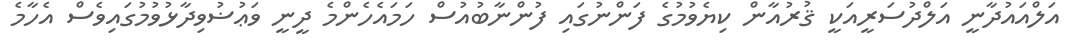
އަލްއައުދާނީ އަލްދުސަރީއަކީ ޤުރުއާން ކިޔެވުމުގެ ފަންނުގައި ފުންނާބުއުސް ހަމައެހެންމެ ދީނީ ވަޢުޟުވިދާޅުވުމުގައިވެސް އެހާމެ